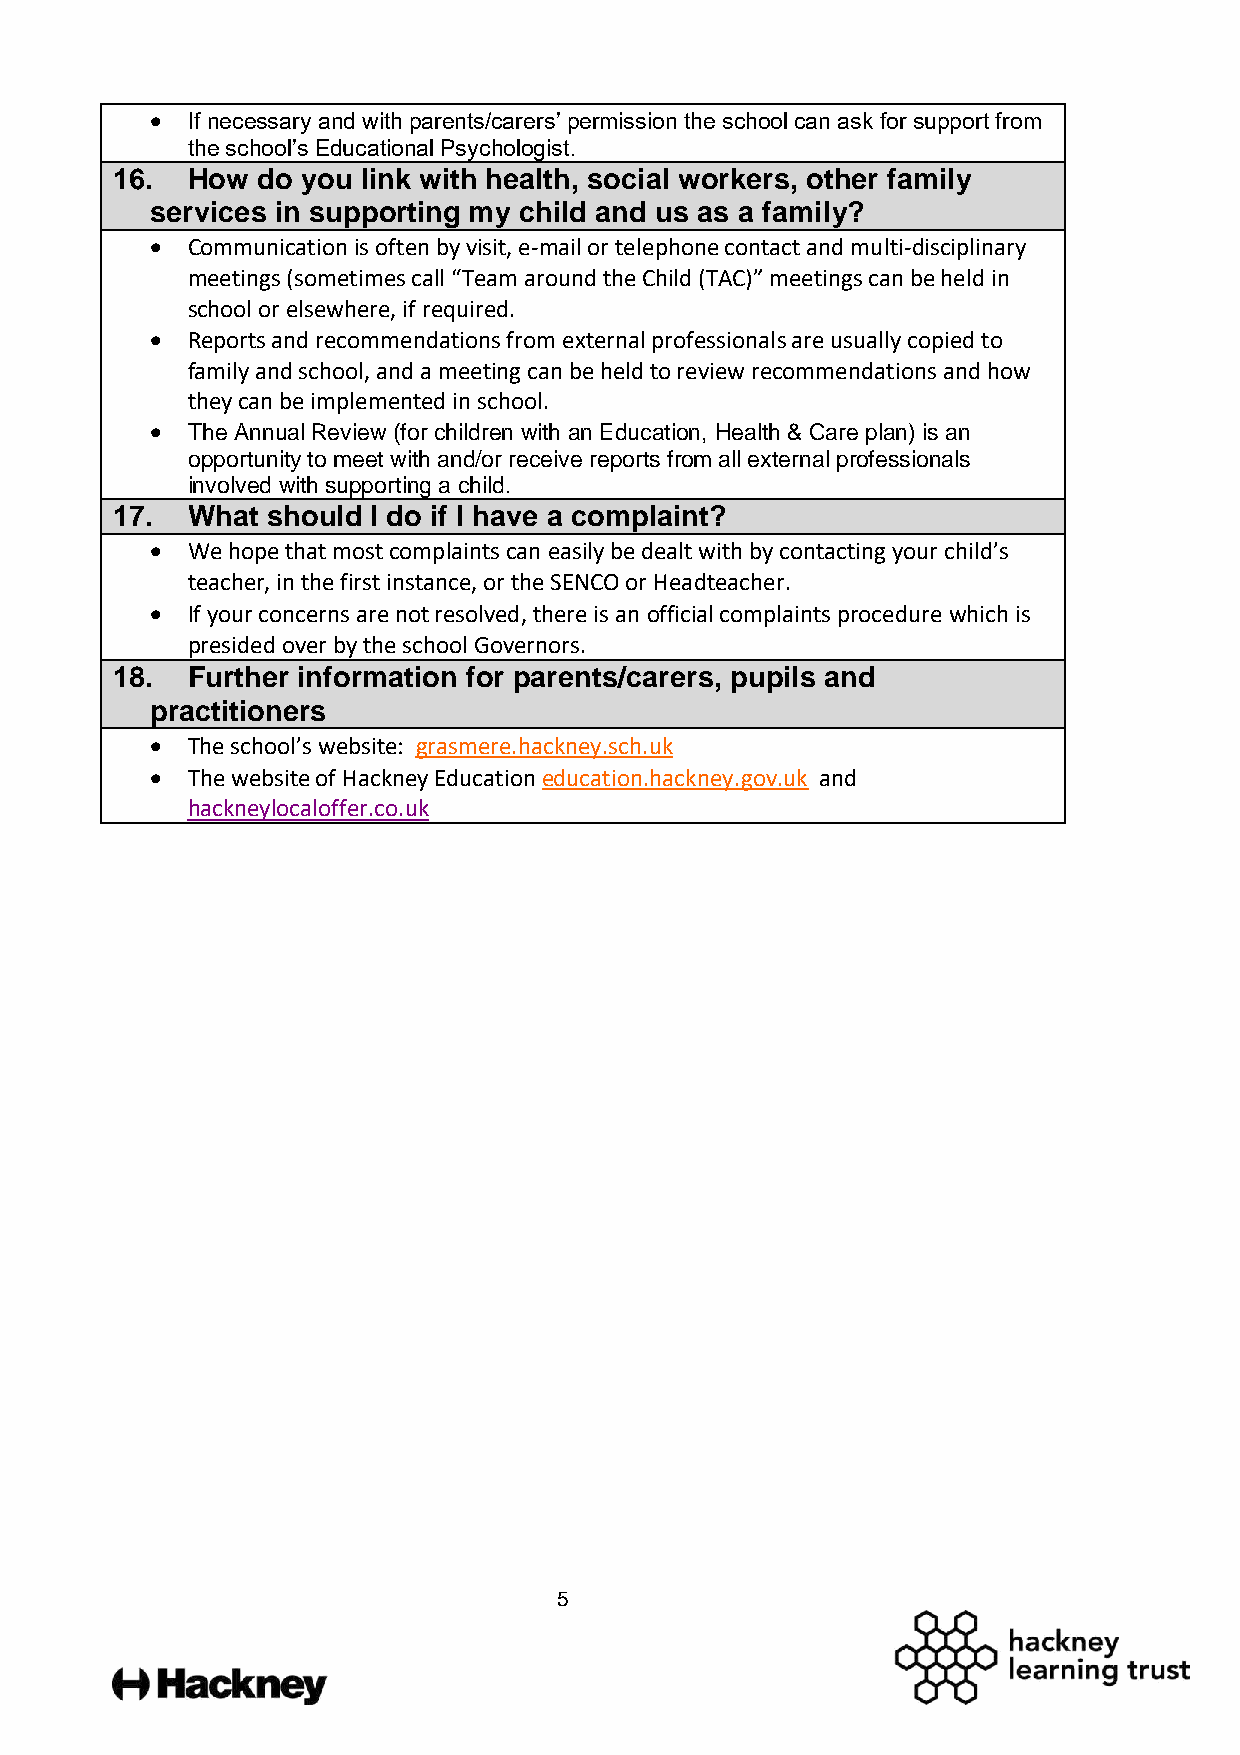
 If necessary and with parents/carers’ permission the school can ask for support from
 the school’s Educational Psychologist.
 16.  How  do you link with health, social workers, other family
 services in supporting my child and us as a family?
  Communication is often by visit, e-mail or telephone contact and multi-disciplinary
 meetings (sometimes call “Team around the Child (TAC)” meetings can be held in
 school or elsewhere, if required.
  Reports and recommendations from external professionals are usually copied to
 family and school, and a meeting can be held to review recommendations and how
 they can be implemented in school.
  The Annual Review (for children with an Education, Health & Care plan) is an
 opportunity to meet with and/or receive reports from all external professionals
 involved with supporting a child.
 17.  What  should I do if I have a complaint?
  We hope that most complaints can easily be dealt with by contacting your child’s
 teacher, in the first instance, or the SENCO or Headteacher.
  If your concerns are not resolved, there is an official complaints procedure which is
 presided over by the school Governors.
 18.  Further information for parents/carers, pupils and
 practitioners
  The school’s website: grasmere.hackney.sch.uk
  The website of Hackney Education education.hackney.gov.uk and
 hackneylocaloffer.co.uk
 5